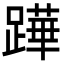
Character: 𨅯